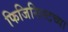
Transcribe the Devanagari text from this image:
फिजिसिस्टच्या